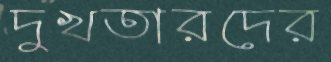
দুখতারদের